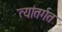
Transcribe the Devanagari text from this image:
त्यांतर्गत